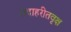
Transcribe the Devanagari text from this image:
सदाहरीतवृक्ष